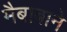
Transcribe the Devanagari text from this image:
मैबाबाने